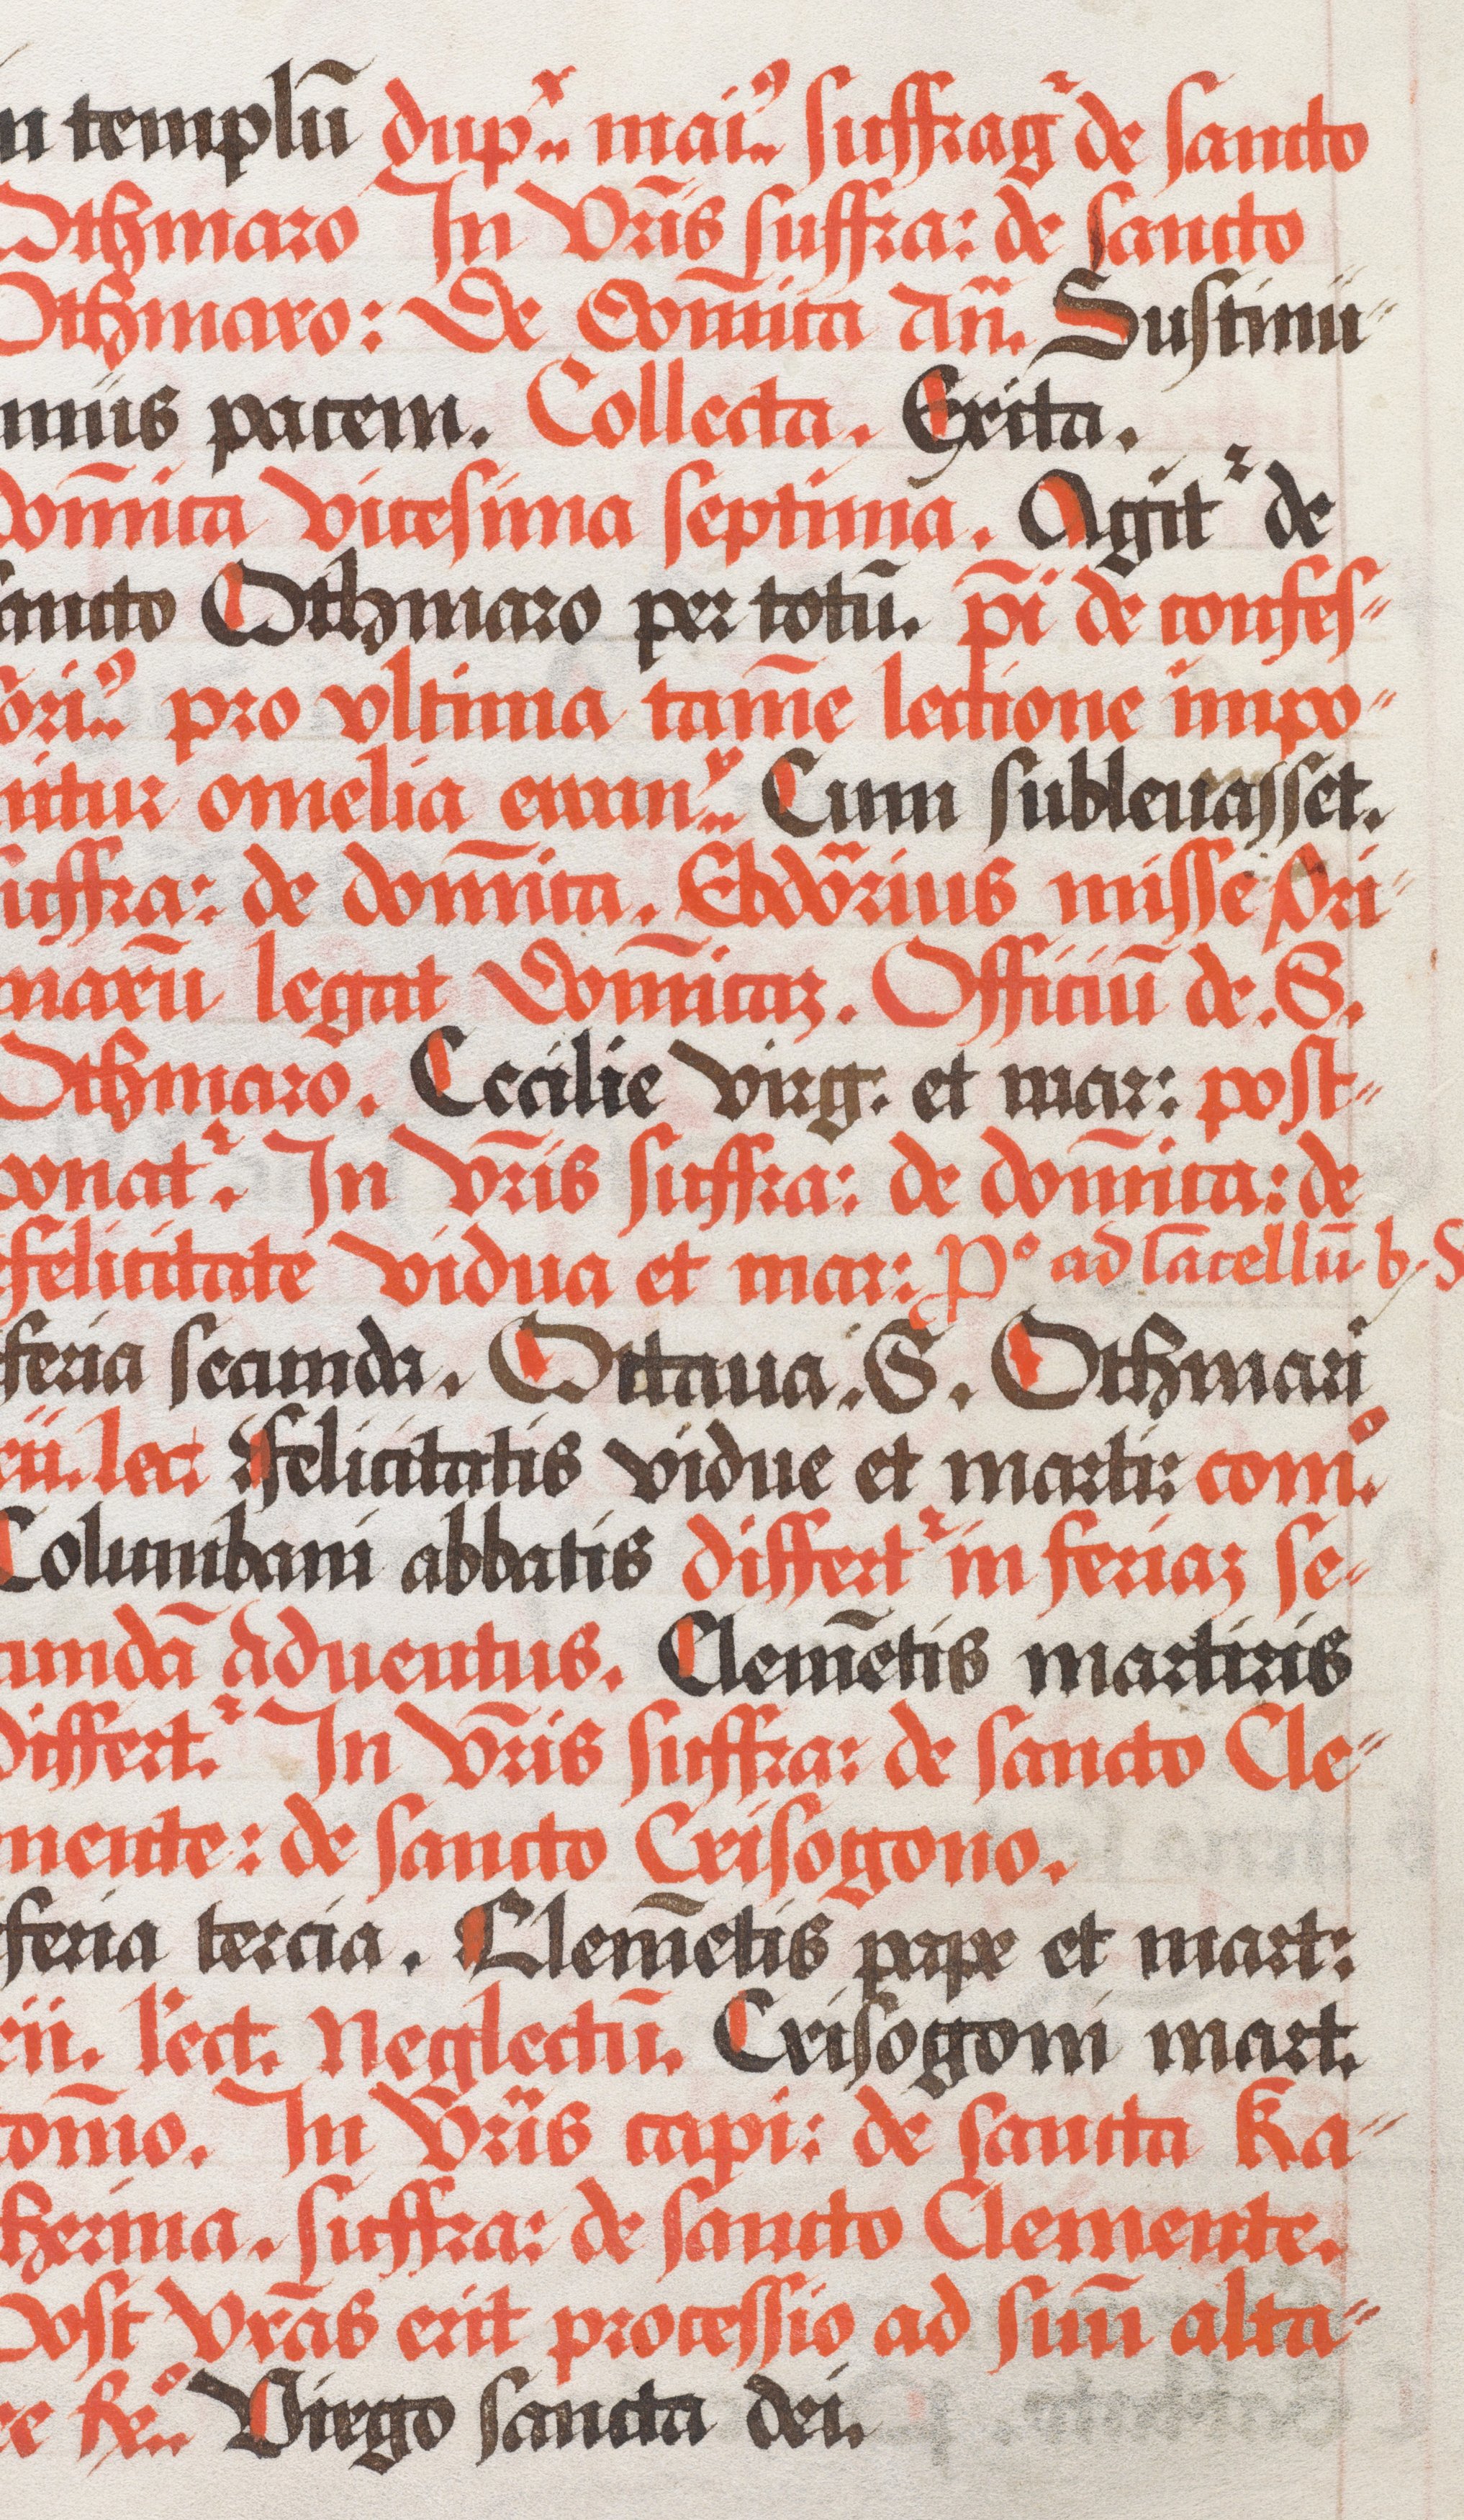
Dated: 1490–1535